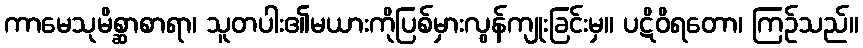
ကာမေသုမိစ္ဆာစာရာ၊ သူတပါး၏မယားကိုပြစ်မှားလွန်ကျုးခြင်းမှ။ ပဋိဝိရတော၊ ကြဉ်သည်။